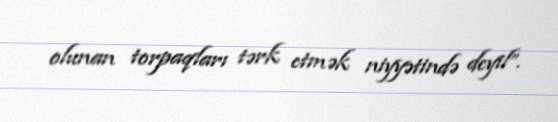
olunan torpaqları tərk etmək niyyətində deyil”.